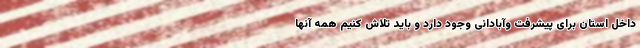
داخل استان برای پیشرفت وآبادانی وجود دارد و باید تلاش کنیم همه آنها